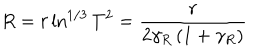
LaTeX: R = r \ln ^ { 1 / 3 } T ^ { 2 } = \frac { r } { 2 \gamma _ { R } \left( 1 + \gamma _ { R } \right) }